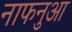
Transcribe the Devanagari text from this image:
नाफनुआ